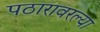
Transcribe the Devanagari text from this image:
पठारावरल्या